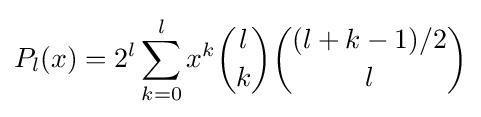
P_{l}(x)=2^{l}\sum _{k=0}^{l}x^{k}{\binom {l}{k}}{\binom {(l+k-1)/2}{l}}